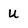
Character: u